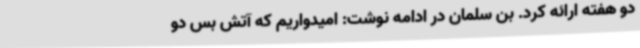
دو هفته ارائه کرد. بن سلمان در ادامه نوشت: امیدواریم که آتش بس دو